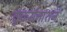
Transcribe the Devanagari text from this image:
दुष्कर्मनाशनं